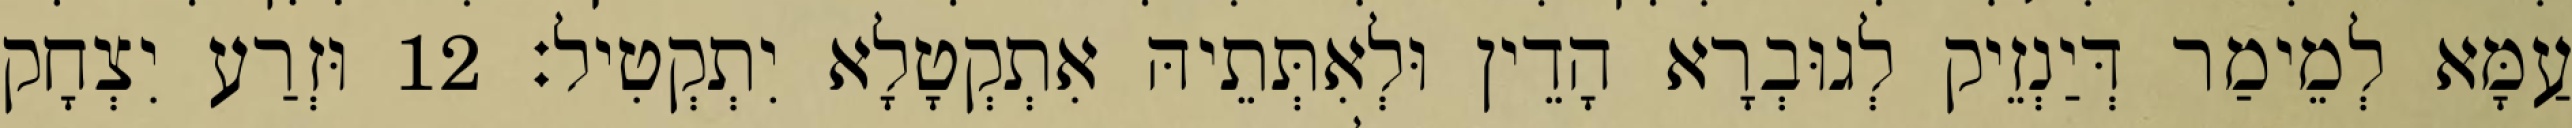
עַמָּא לְמֵימַר דְּיַנְזֵיק לְגוּבְרָא הָדֵין וּלְאִתְּתֵיהּ אִתְקְטָלָא יִתְקְטִיל׃ 12 וּזְרַע יִצְחָק